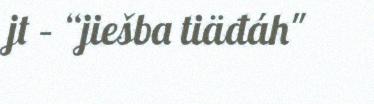
jt – “jiešba tiäđáh"